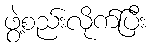
ဖွဲ့စည်းလိုက်ပြီး